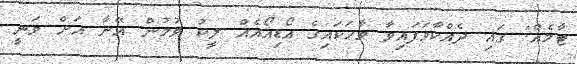
ޓާމެއް" ގައި ދެއްކާވަފައިވާ ވާހަކައިގެ އޯޑިއޯއެއް ލީކު ވުމުން އޭނާ އަށް ވަނީ